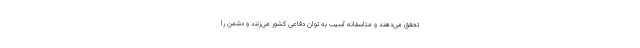
تحقق می‌دهند و متاسفانه آسیب به توان دفاعی کشور می‌زنند و دشمن را